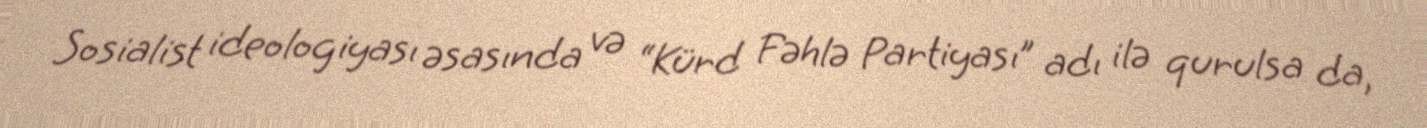
Sosialist ideologiyası əsasında və “Kürd Fəhlə Partiyası” adı ilə qurulsa da,